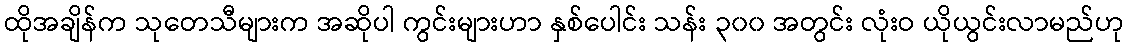
ထိုအချိန်က သုတေသီများက အဆိုပါ ကွင်းများဟာ နှစ်ပေါင်း သန်း ၃၀၀ အတွင်း လုံးဝ ယိုယွင်းလာမည်ဟု